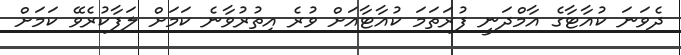
ދެވަނަ ކުއާޓާގެ އާމްދަނީ ފުރަތަމަ ކުއާޓާއަށް ވުރެ އިތުރުވާނެ ކަމަށް ލަފާކުރެވޭ ކަމަށް